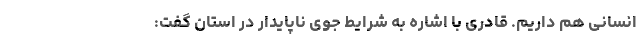
انسانی هم داریم. قادری با اشاره به شرایط جوی ناپایدار در استان گفت: